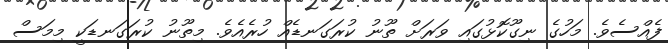
ފެއްސެވެ. މަހުގެ ނިގޫކޮޅުގައި ވަރަށް ތޫނު ކުރަގަނޑެއް ހުރެއެވެ. މިތޫނު ކުރަގަނޑަކީ މިމަސް